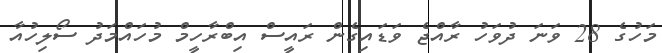
މަހުގެ 28 ވަނަ ދުވަހު ރާއްޖެ ވަޑައިގެން ރައީސް އިބްރާހީމް މުހައްމަދު ސޯލިހުއާ